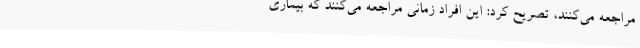
مراجعه می‌کنند، تصریح کرد: این افراد زمانی مراجعه می‌کنند که بیماری